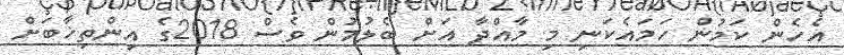
އެހެން ކަމުން ހަމައެކަނި މި މާއްދާ އަށް ބެލުމުން ވެސް 2018ގެ އިންތިޚާބަށް